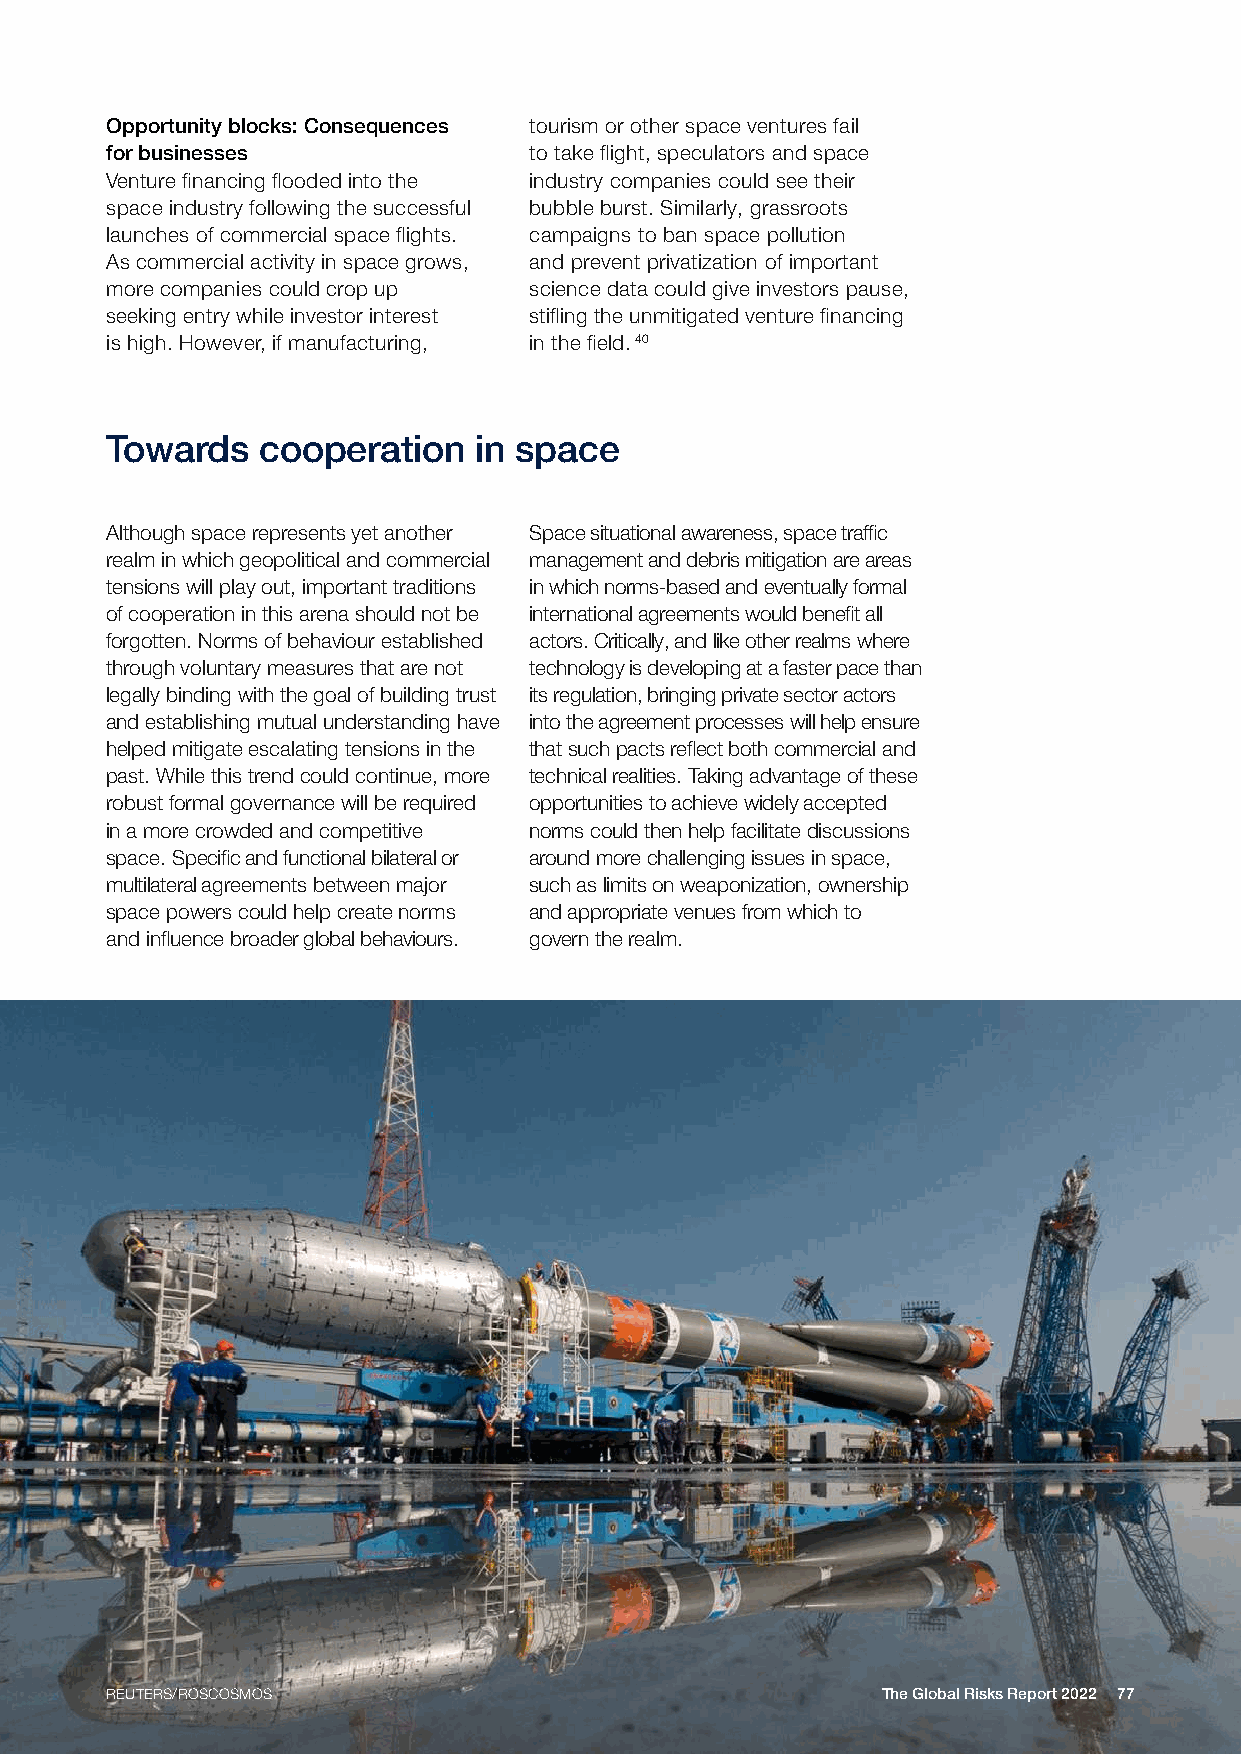
Opportunity blocks: Consequences tourism or other space ventures fail
 for businesses              to take flight, speculators and space
 Venture financing flooded into the industry companies could see their
 space industry following the successful bubble burst. Similarly, grassroots
 launches of commercial space flights. campaigns to ban space pollution
 As commercial activity in space grows, and prevent privatization of important
 more companies could crop up science data could give investors pause,
 seeking entry while investor interest stifling the unmitigated venture financing
 is high. However, if manufacturing, in the field. 40
 Towards   cooperation   in space
 Although space represents yet another Space situational awareness, space traffic
 realm in which geopolitical and commercial management and debris mitigation are areas
 tensions will play out, important traditions in which norms-based and eventually formal
 of cooperation in this arena should not be international agreements would benefit all
 forgotten. Norms of behaviour established actors. Critically, and like other realms where
 through voluntary measures that are not technology is developing at a faster pace than
 legally binding with the goal of building trust its regulation, bringing private sector actors
 and establishing mutual understanding have into the agreement processes will help ensure
 helped mitigate escalating tensions in the that such pacts reflect both commercial and
 past. While this trend could continue, more technical realities. Taking advantage of these
 robust formal governance will be required opportunities to achieve widely accepted
 in a more crowded and competitive norms could then help facilitate discussions
 space. Specific and functional bilateral or around more challenging issues in space,
 multilateral agreements between major such as limits on weaponization, ownership
 space powers could help create norms and appropriate venues from which to
 and influence broader global behaviours. govern the realm.
 REUTERS/ROSCOSMOS                                  The Global Risks Report 2022 77